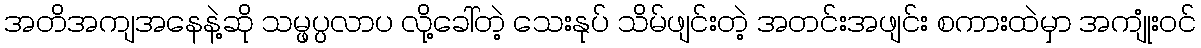
အတိအကျအနေနဲ့ဆို သမ္ဖပ္ပလာပ လို့ခေါ်တဲ့ သေးနုပ် သိမ်ဖျင်းတဲ့ အတင်းအဖျင်း စကားထဲမှာ အကျုံးဝင်